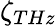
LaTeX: \zeta_{THz}